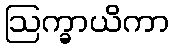
ဩက္ခာယိကာ